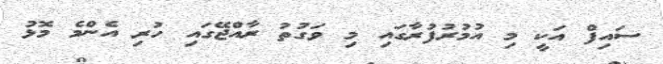
ސައިފް އަކީ މި އުމުރުފުރާގައި މި ވަގުތު ރާއްޖޭގައި ހުރި އެންމެ މޮޅު